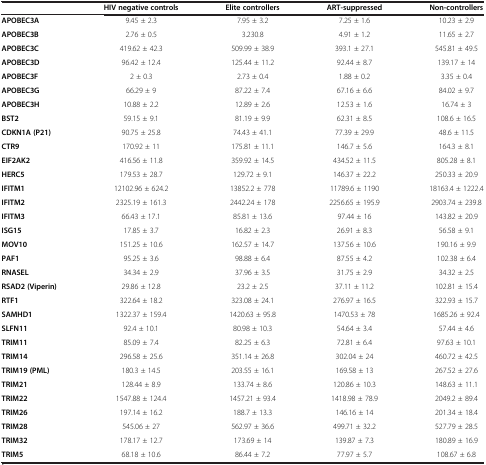
<table><thead><tr><td>[EMPTY_CELL]</td><td><b>HIV negative controls</b></td><td><b>Elite controllers</b></td><td><b>ART-suppressed</b></td><td><b>Non-controllers</b></td></tr></thead><tbody><tr><td><b>APOBEC3A</b></td><td>9.45 ± 2.3</td><td>7.95 ± 3.2</td><td>7.25 ± 1.6</td><td>10.23 ± 2.9</td></tr><tr><td><b>APOBEC3B</b></td><td>2.76 ± 0.5</td><td>3.230.8</td><td>4.91 ± 1.2</td><td>11.65 ± 2.7</td></tr><tr><td><b>APOBEC3C</b></td><td>419.62 ± 42.3</td><td>509.99 ± 38.9</td><td>393.1 ± 27.1</td><td>545.81 ± 49.5</td></tr><tr><td><b>APOBEC3D</b></td><td>96.42 ± 12.4</td><td>125.44 ± 11.2</td><td>92.44 ± 8.7</td><td>139.17 ± 14</td></tr><tr><td><b>APOBEC3F</b></td><td>2 ± 0.3</td><td>2.73 ± 0.4</td><td>1.88 ± 0.2</td><td>3.35 ± 0.4</td></tr><tr><td><b>APOBEC3G</b></td><td>66.29 ± 9</td><td>87.22 ± 7.4</td><td>67.16 ± 6.6</td><td>84.02 ± 9.7</td></tr><tr><td><b>APOBEC3H</b></td><td>10.88 ± 2.2</td><td>12.89 ± 2.6</td><td>12.53 ± 1.6</td><td>16.74 ± 3</td></tr><tr><td><b>BST2</b></td><td>59.15 ± 9.1</td><td>81.19 ± 9.9</td><td>62.31 ± 8.5</td><td>108.6 ± 16.5</td></tr><tr><td><b>CDKN1A (P21)</b></td><td>90.75 ± 25.8</td><td>74.43 ± 41.1</td><td>77.39 ± 29.9</td><td>48.6 ± 11.5</td></tr><tr><td><b>CTR9</b></td><td>170.92 ± 11</td><td>175.81 ± 11.1</td><td>146.7 ± 5.6</td><td>164.3 ± 8.1</td></tr><tr><td><b>EIF2AK2</b></td><td>416.56 ± 11.8</td><td>359.92 ± 14.5</td><td>434.52 ± 11.5</td><td>805.28 ± 8.1</td></tr><tr><td><b>HERC5</b></td><td>179.53 ± 28.7</td><td>129.72 ± 9.1</td><td>146.37 ± 22.2</td><td>250.33 ± 20.9</td></tr><tr><td><b>IFITM1</b></td><td>12102.96 ± 624.2</td><td>13852.2 ± 778</td><td>11789.6 ± 1190</td><td>18163.4 ± 1222.4</td></tr><tr><td><b>IFITM2</b></td><td>2325.19 ± 161.3</td><td>2442.24 ± 178</td><td>2256.65 ± 195.9</td><td>2903.74 ± 239.8</td></tr><tr><td><b>IFITM3</b></td><td>66.43 ± 17.1</td><td>85.81 ± 13.6</td><td>97.44 ± 16</td><td>143.82 ± 20.9</td></tr><tr><td><b>ISG15</b></td><td>17.85 ± 3.7</td><td>16.82 ± 2.3</td><td>26.91 ± 8.3</td><td>56.58 ± 9.1</td></tr><tr><td><b>MOV10</b></td><td>151.25 ± 10.6</td><td>162.57 ± 14.7</td><td>137.56 ± 10.6</td><td>190.16 ± 9.9</td></tr><tr><td><b>PAF1</b></td><td>95.25 ± 3.6</td><td>98.88 ± 6.4</td><td>87.55 ± 4.2</td><td>102.38 ± 6.4</td></tr><tr><td><b>RNASEL</b></td><td>34.34 ± 2.9</td><td>37.96 ± 3.5</td><td>31.75 ± 2.9</td><td>34.32 ± 2.5</td></tr><tr><td><b>RSAD2 (Viperin)</b></td><td>29.86 ± 12.8</td><td>23.2 ± 2.5</td><td>37.11 ± 11.2</td><td>102.81 ± 15.4</td></tr><tr><td><b>RTF1</b></td><td>322.64 ± 18.2</td><td>323.08 ± 24.1</td><td>276.97 ± 16.5</td><td>322.93 ± 15.7</td></tr><tr><td><b>SAMHD1</b></td><td>1322.37 ± 159.4</td><td>1420.63 ± 95.8</td><td>1470.53 ± 78</td><td>1685.26 ± 92.4</td></tr><tr><td><b>SLFN11</b></td><td>92.4 ± 10.1</td><td>80.98 ± 10.3</td><td>54.64 ± 3.4</td><td>57.44 ± 4.6</td></tr><tr><td><b>TRIM11</b></td><td>85.09 ± 7.4</td><td>82.25 ± 6.3</td><td>72.81 ± 6.4</td><td>97.63 ± 10.1</td></tr><tr><td><b>TRIM14</b></td><td>296.58 ± 25.6</td><td>351.14 ± 26.8</td><td>302.04 ± 24</td><td>460.72 ± 42.5</td></tr><tr><td><b>TRIM19 (PML)</b></td><td>180.3 ± 14.5</td><td>203.55 ± 16.1</td><td>169.58 ± 13</td><td>267.52 ± 27.6</td></tr><tr><td><b>TRIM21</b></td><td>128.44 ± 8.9</td><td>133.74 ± 8.6</td><td>120.86 ± 10.3</td><td>148.63 ± 11.1</td></tr><tr><td><b>TRIM22</b></td><td>1547.88 ± 124.4</td><td>1457.21 ± 93.4</td><td>1418.98 ± 78.9</td><td>2049.2 ± 89.4</td></tr><tr><td><b>TRIM26</b></td><td>197.14 ± 16.2</td><td>188.7 ± 13.3</td><td>146.16 ± 14</td><td>201.34 ± 18.4</td></tr><tr><td><b>TRIM28</b></td><td>545.06 ± 27</td><td>562.97 ± 36.6</td><td>499.71 ± 32.2</td><td>527.79 ± 28.5</td></tr><tr><td><b>TRIM32</b></td><td>178.17 ± 12.7</td><td>173.69 ± 14</td><td>139.87 ± 7.3</td><td>180.89 ± 16.9</td></tr><tr><td><b>TRIM5</b></td><td>68.18 ± 10.6</td><td>86.44 ± 7.2</td><td>77.97 ± 5.7</td><td>108.67 ± 6.8</td></tr></tbody></table>